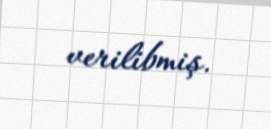
verilibmiş.